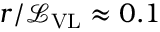
r / \mathcal { L } _ { \mathrm { V L } } \approx 0 . 1